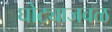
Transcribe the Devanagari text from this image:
घोट्याजवळ